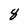
Character: 8